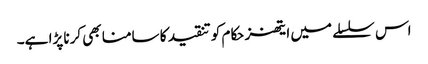
اس سلسلے میں ایتھنز حکام کو تنقید کا سامنا بھی کرنا پڑا ہے۔